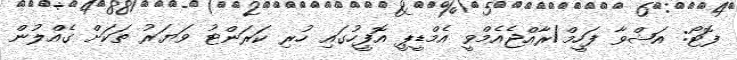
ފޮޓޯ: އަޝްވާ ފަހީމް/ރާއްޖެއެމްވީ އެމްޑީޕީ އޮފީހުގައި ހުރި ކަރަންޓު ވަޔަރު ތަކަށް ގެއްލުން